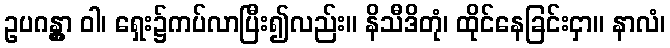
ဥပဂန္တွာ ဝါ၊ ရှေး၌ကပ်လာပြီး၍လည်း။ နိသီဒိတုံ၊ ထိုင်နေခြင်းငှာ။ နာလံ၊